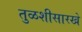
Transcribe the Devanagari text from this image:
तुळशीसारखे